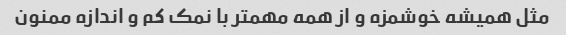
مثل همیشه خوشمزه و از همه مهمتر با نمک کم و اندازه ممنون